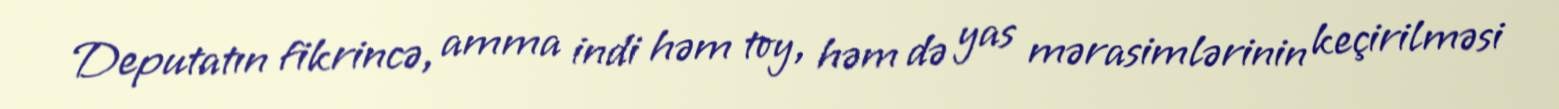
Deputatın fikrincə, amma indi həm toy, həm də yas mərasimlərinin keçirilməsi